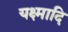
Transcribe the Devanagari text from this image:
यक्ष्मादि